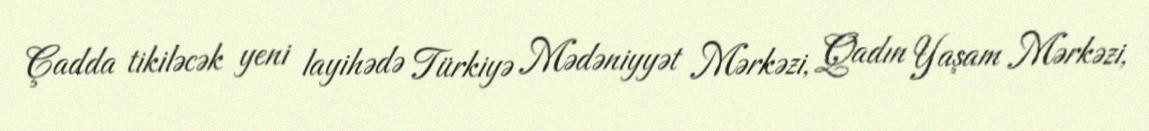
Çadda tikiləcək yeni layihədə Türkiyə Mədəniyyət Mərkəzi, Qadın Yaşam Mərkəzi,